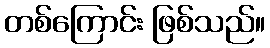
တစ်ကြောင်း ဖြစ်သည်။